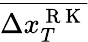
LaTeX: \overline{{\Delta x_{T}^{\mathrm{~R~K~}}}}